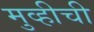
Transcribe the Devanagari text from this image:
मुव्हीची